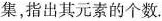
集，指出其元素的个数。